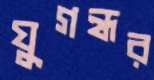
যুগন্ধর